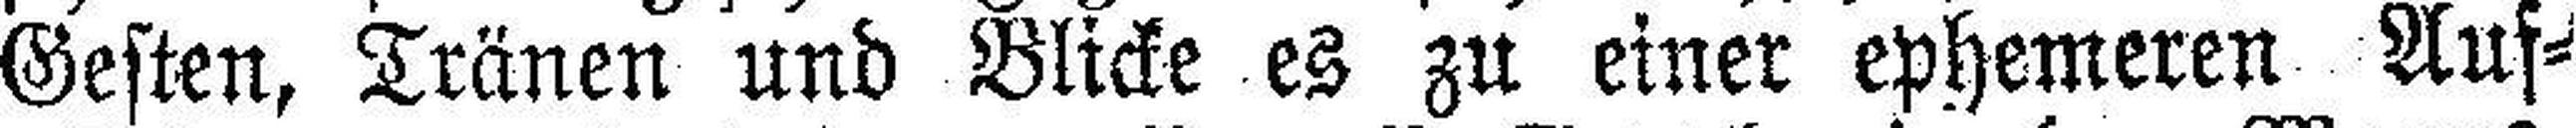
Gesten, Tränen und Blicke es zu einer ephemeren Auf¬